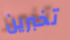
تخبرين